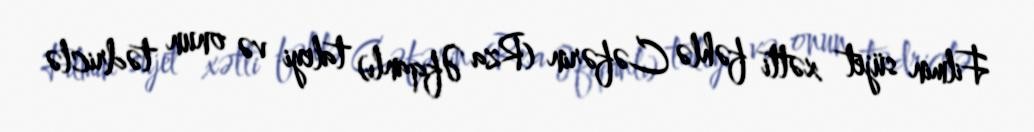
Filmin süjet xətti fəhlə Cəfərin (Rza Əfqanlı) taleyi və onun tədriclə